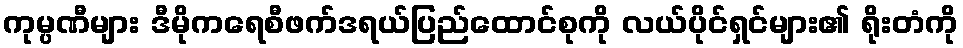
ကုမ္ပဏီများ ဒီမိုကရေစီဖက်ဒရယ်ပြည်ထောင်စုကို လယ်ပိုင်ရှင်များ၏ ရိုးတံကို